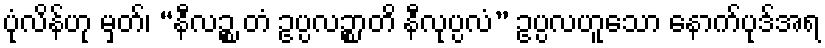
ပုံလိန်ဟု မှတ်၊ “နီလဉ္စ တံ ဥပ္ပလဉ္စာတိ နီလုပ္ပလံ” ဥပ္ပလဟူသော နောက်ပုဒ်အရ